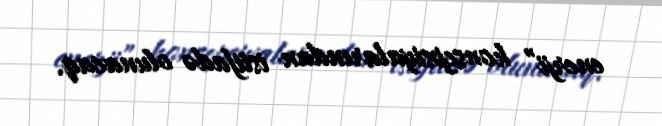
enerji” konsepsiyalarından istifadə olunacaq.